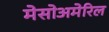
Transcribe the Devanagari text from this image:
मेसोअमेरिल